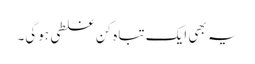
یہ بھی ایک تباہ کن غلطی ہوگی۔